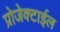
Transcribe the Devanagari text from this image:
प्रोजेक्टाईल